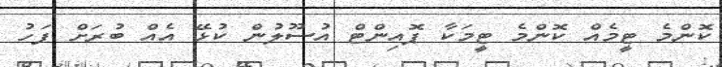
ކޮންމެ ޓީމެއް ކޮންމެ ޓީމަކާ ޕޮއިންޓް އުސޫލުން ކުޅޭ އެއް ބުރަށް ފަހު